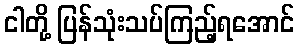
ငါတို့ ပြန်သုံးသပ်ကြည့်ရအောင်